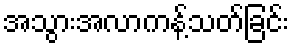
အသွားအလာကန့်သတ်ခြင်း